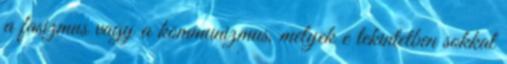
a fasizmus vagy a kommunizmus, melyek e tekintetben sokkal